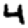
Digit: 4